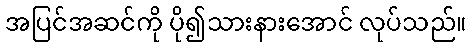
အပြင်အဆင်ကို ပို၍သားနားအောင် လုပ်သည်။